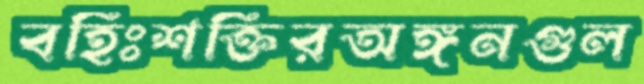
বহিঃশক্তিরঅঙ্গনগুল